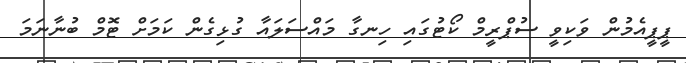
ޕީޕީއެމުން ވަކިވީ ސުޕްރީމް ކޯޓުގައި ހިނގާ މައްސަލައާ ގުޅިގެން ކަމަށް ޓޮމް ބުނާނަމަ